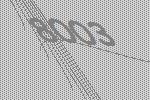
8003